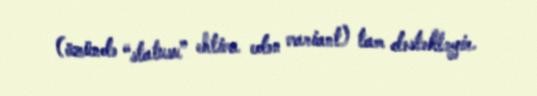
(özündə “statusu” ehtiva edən variant) tam dəstəkləyir.